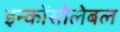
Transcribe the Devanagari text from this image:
इन्कोंसोलेबल